Scottish Certificate of Education, 1962
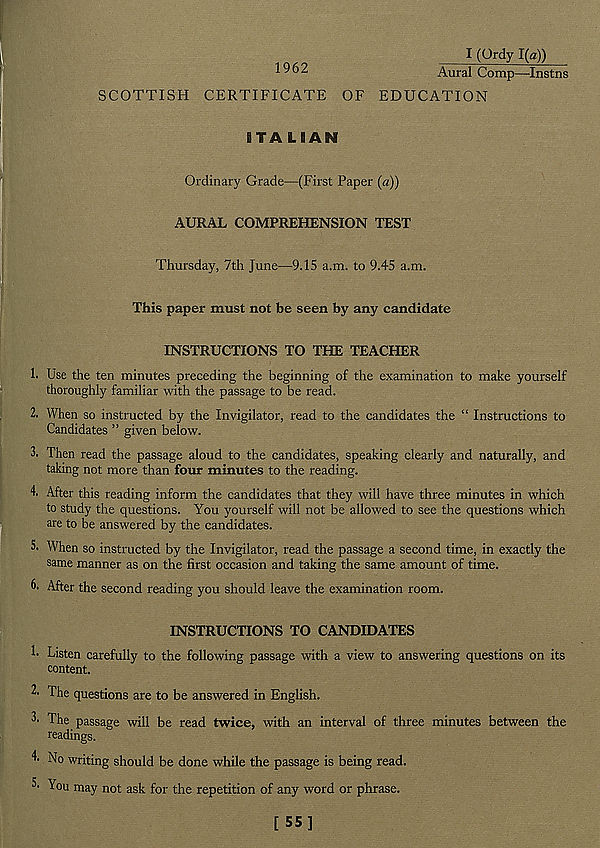
1962
SCOTTISH CERTIFICATE OF
I (Ordy 1(a))
Aural Comp—Instns
EDUCATION
8 T A L B AN
Ordinary Grade—(First Paper (a))
AURAL COMPREHENSION TEST
Thursday, 7th June—-9.15 a.m. to 9.45 a.m.
This paper must not be seen by any candidate
INSTRUCTIONS TO THE TEACHER
h Use the ten minutes preceding the beginning of the examination to make yourself
thoroughly familiar with the passage to be read.
2. When so instructed by the Invigilator, read to the candidates the “ Instructions to
Candidates ” given below.
3. Then read the passage aloud to the candidates, speaking clearly and naturally, and
taking not more than four minutes to the reading.
4- After this reading inform the candidates that they will have three minutes in which
to study the questions. You yourself will not be allowed to see the questions which
are to be answered by the candidates.
5. When so instructed by the Invigilator, read the passage a second time, in exactly the
same manner as on the first occasion and taking the same amount of time.
6. After the second reading you should leave the examination room.
INSTRUCTIONS TO CANDIDATES
Listen carefully to the following passage with a view to answering questions on its
content.
2* The questions are to be answered in English.
3- The passage will be read twice, with an interval of three minutes between the
readings.
4. No writing should be done while the passage is being read.
5- You may not ask for the repetition of any word or phrase.
[55]